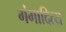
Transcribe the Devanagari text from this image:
गंगादित्य